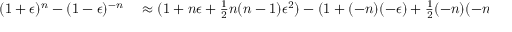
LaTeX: \begin{array} { r l } { ( 1 + \epsilon ) ^ { n } - ( 1 - \epsilon ) ^ { - n } } & { { } \approx ( 1 + n \epsilon + { \frac { 1 } { 2 } } n ( n - 1 ) \epsilon ^ { 2 } ) - ( 1 + ( - n ) ( - \epsilon ) + { \frac { 1 } { 2 } } ( - n ) ( - n - 1 ) ( - \epsilon ) ^ { 2 } ) } \end{array}